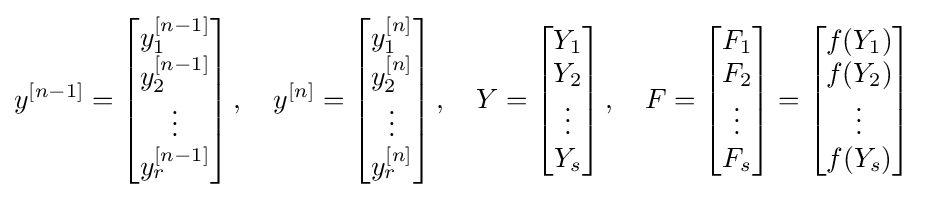
y^{[n-1]}=\left[{\begin{matrix}y_{1}^{[n-1]}\\y_{2}^{[n-1]}\\\vdots \\y_{r}^{[n-1]}\\\end{matrix}}\right],\quad y^{[n]}=\left[{\begin{matrix}y_{1}^{[n]}\\y_{2}^{[n]}\\\vdots \\y_{r}^{[n]}\\\end{matrix}}\right],\quad Y=\left[{\begin{matrix}Y_{1}\\Y_{2}\\\vdots \\Y_{s}\end{matrix}}\right],\quad F=\left[{\begin{matrix}F_{1}\\F_{2}\\\vdots \\F_{s}\end{matrix}}\right]=\left[{\begin{matrix}f(Y_{1})\\f(Y_{2})\\\vdots \\f(Y_{s})\end{matrix}}\right]